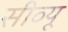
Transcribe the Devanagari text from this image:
सीव्‍यू